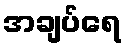
အချပ်ရေ